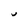
Character: U